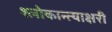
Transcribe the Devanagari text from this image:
श्लोकान्त्याक्षरी